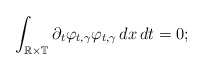
\begin{align*}\int_{\mathbb R\times\mathbb T}\partial_t\varphi_{t,\gamma}\varphi_{t,\gamma}\,dx\,dt=0;\end{align*}